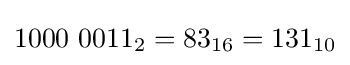
1000\ 0011_{2}=83_{16}=131_{10}